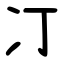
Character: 㓅